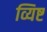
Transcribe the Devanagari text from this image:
व्यिष्ट